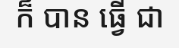
ក៏ បាន ធ្វើ ជា